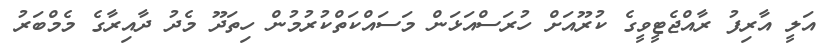
އަލީ އާރިފު ރާއްޖެޓީވީގެ ކުރޫއަށް ހުރަސްއަޅަން މަސައްކަތްކުރުމުން ހިތަދޫ މެދު ދާއިރާގެ މެމްބަރު